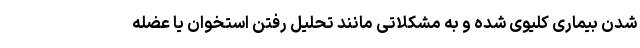
شدن بیماری کلیوی شده و به مشکلاتی مانند تحلیل رفتن استخوان یا عضله